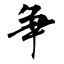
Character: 争